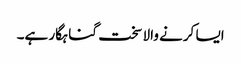
ایسا کرنے والا سخت گناہگار ہے۔